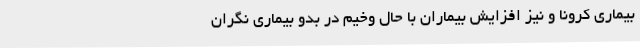
بیماری کرونا و نیز افزایش بیماران با حال وخیم در بدو بیماری نگران